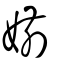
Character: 媊